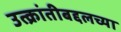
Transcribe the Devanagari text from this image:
उत्क्रांतीबद्दलच्या